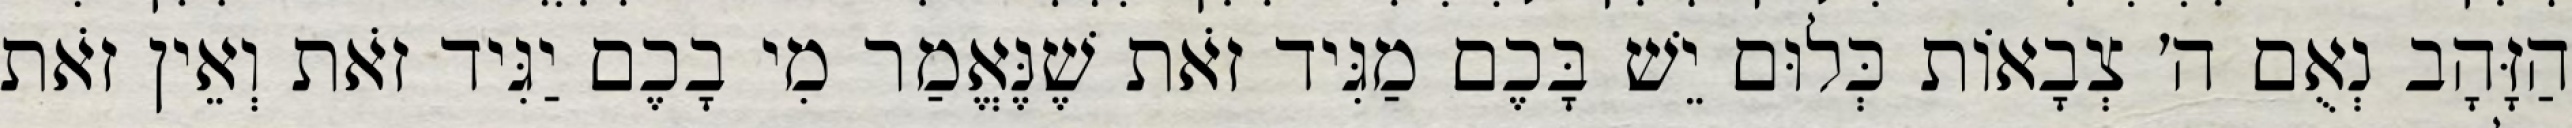
הַזָּהָב נְאֻם ה׳ צְבָאוֹת כְּלוּם יֵשׁ בָּכֶם מַגִּיד זֹאת שֶׁנֶּאֱמַר מִי בָכֶם יַגִּיד זֹאת וְאֵין זֹאת